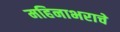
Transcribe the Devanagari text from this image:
महिनाभराचे